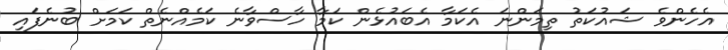
އެހެންވެ ޝައުކަތު ތިމަންނަ އެކަމާ އެބައުޅެން ކަމާ ހާސްވާނެ ކަމެއްނެތް ކަމަށް ބުނެފައި